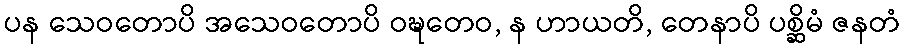
ပန သေဝတောပိ အသေဝတောပိ ဝဍ္ဎတေဝ, န ဟာယတိ, တေနာပိ ပစ္ဆိမံ ဇနတံ